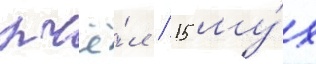
пчё́л / 15 му́х